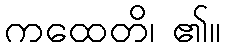
ကထေတိ၊ ၏။